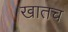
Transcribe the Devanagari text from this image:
खातच